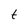
Character: t